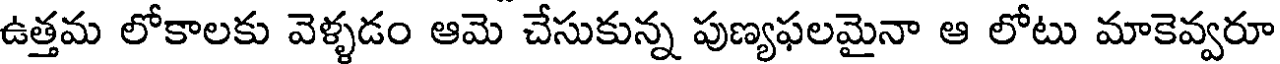
ఉత్తమ లోకాలకు వెళ్ళడం ఆమె చేసుకున్న పుణ్యఫలమైనా ఆ లోటు మాకెవ్వరూ